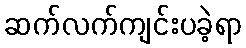
ဆက်လက်ကျင်းပခဲ့ရာ